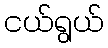
ငယ်ရွယ်